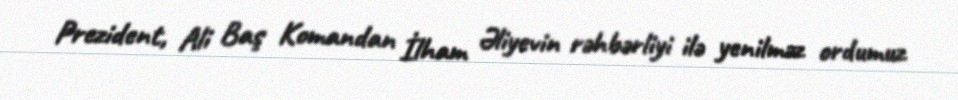
Prezident, Ali Baş Komandan İlham Əliyevin rəhbərliyi ilə yenilməz ordumuz